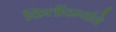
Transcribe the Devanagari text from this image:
किर्तीवर्म्याने